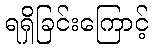
ရရှိခြင်းကြောင့်